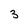
Character: 3